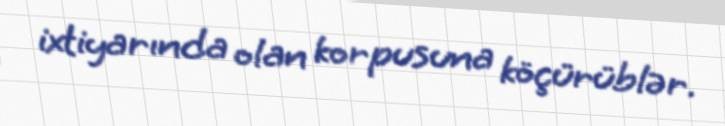
ixtiyarında olan korpusuna köçürüblər.